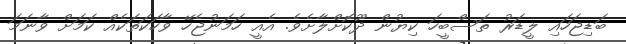
ބަޑިޖަހައި ލީޑަރު ތަސްބީހަ ކިޔުން ދޫކޮށްލާށެވެ. އެއީ ހަމަނުޖެހޭ ވާހަކަތަކެއް ކަމަށް ވާނަމަ